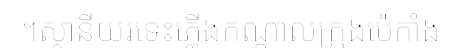
។ស្ថានីយរទេះភ្លើងកណ្តាលក្រុងប៉េកាំង